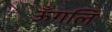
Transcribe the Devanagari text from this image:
ऊँगलि